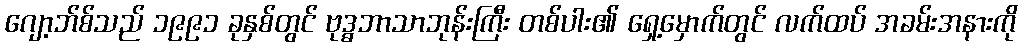
ဂျော့ဘ်စ်သည် ၁၉၉၁ ခုနှစ်တွင် ဗုဒ္ဓဘာသာဘုန်းကြီး တစ်ပါး၏ ရှေ့မှောက်တွင် လက်ထပ် အခမ်းအနားကို